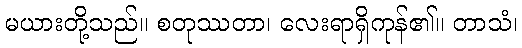
မယားတို့သည်။ စတုဿတာ၊ လေးရာရှိကုန်၏။ တာသံ၊